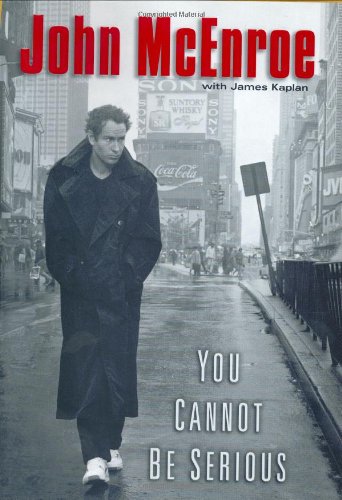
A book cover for You Cannot Be Serious; John McEnroe; Sports & Outdoors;